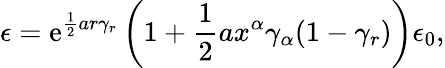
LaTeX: \epsilon=\mathrm{e}^{\frac{{1}}{{2}}ar\gamma_{r}}\left(1+\frac{{1}}{{2}}ax^{\alpha}\gamma_{\alpha}(1-\gamma_{r})\right)\epsilon_{0},